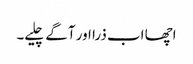
اچھا اب ذرا اور آگے چلیے۔